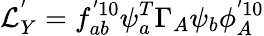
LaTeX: {\cal L}_{Y}^{'}=f_{ab}^{'10}\psi_{a}^{T}\Gamma_{A}\psi_{b}\phi_{A}^{'10}